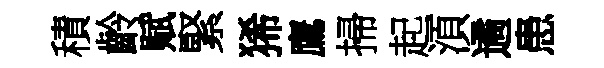
積齡赋緊狶鷹掃起湏遹患